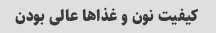
کیفیت نون و غذا‌ها عالی بودن